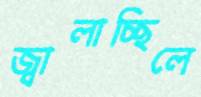
জ্বালাচ্ছিলে